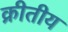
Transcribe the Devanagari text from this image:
क्रीतीय